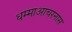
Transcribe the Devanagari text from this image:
धम्माआचरनास